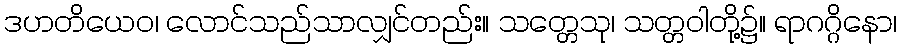
ဒဟတိယေဝ၊ လောင်သည်သာလျှင်တည်း။ သတ္တေသု၊ သတ္တဝါတို့၌။ ရာဂဂ္ဂိနော၊